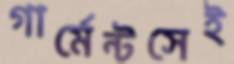
গার্মেন্টসেই